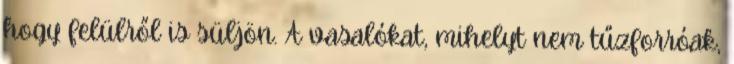
hogy felülről is süljön. A vasalókat, mihelyt nem tűzforróak,